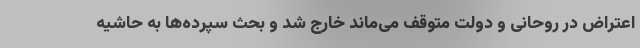
اعتراض در روحانی و دولت متوقف می‌ماند خارج شد و بحث سپرده‌ها به حاشیه